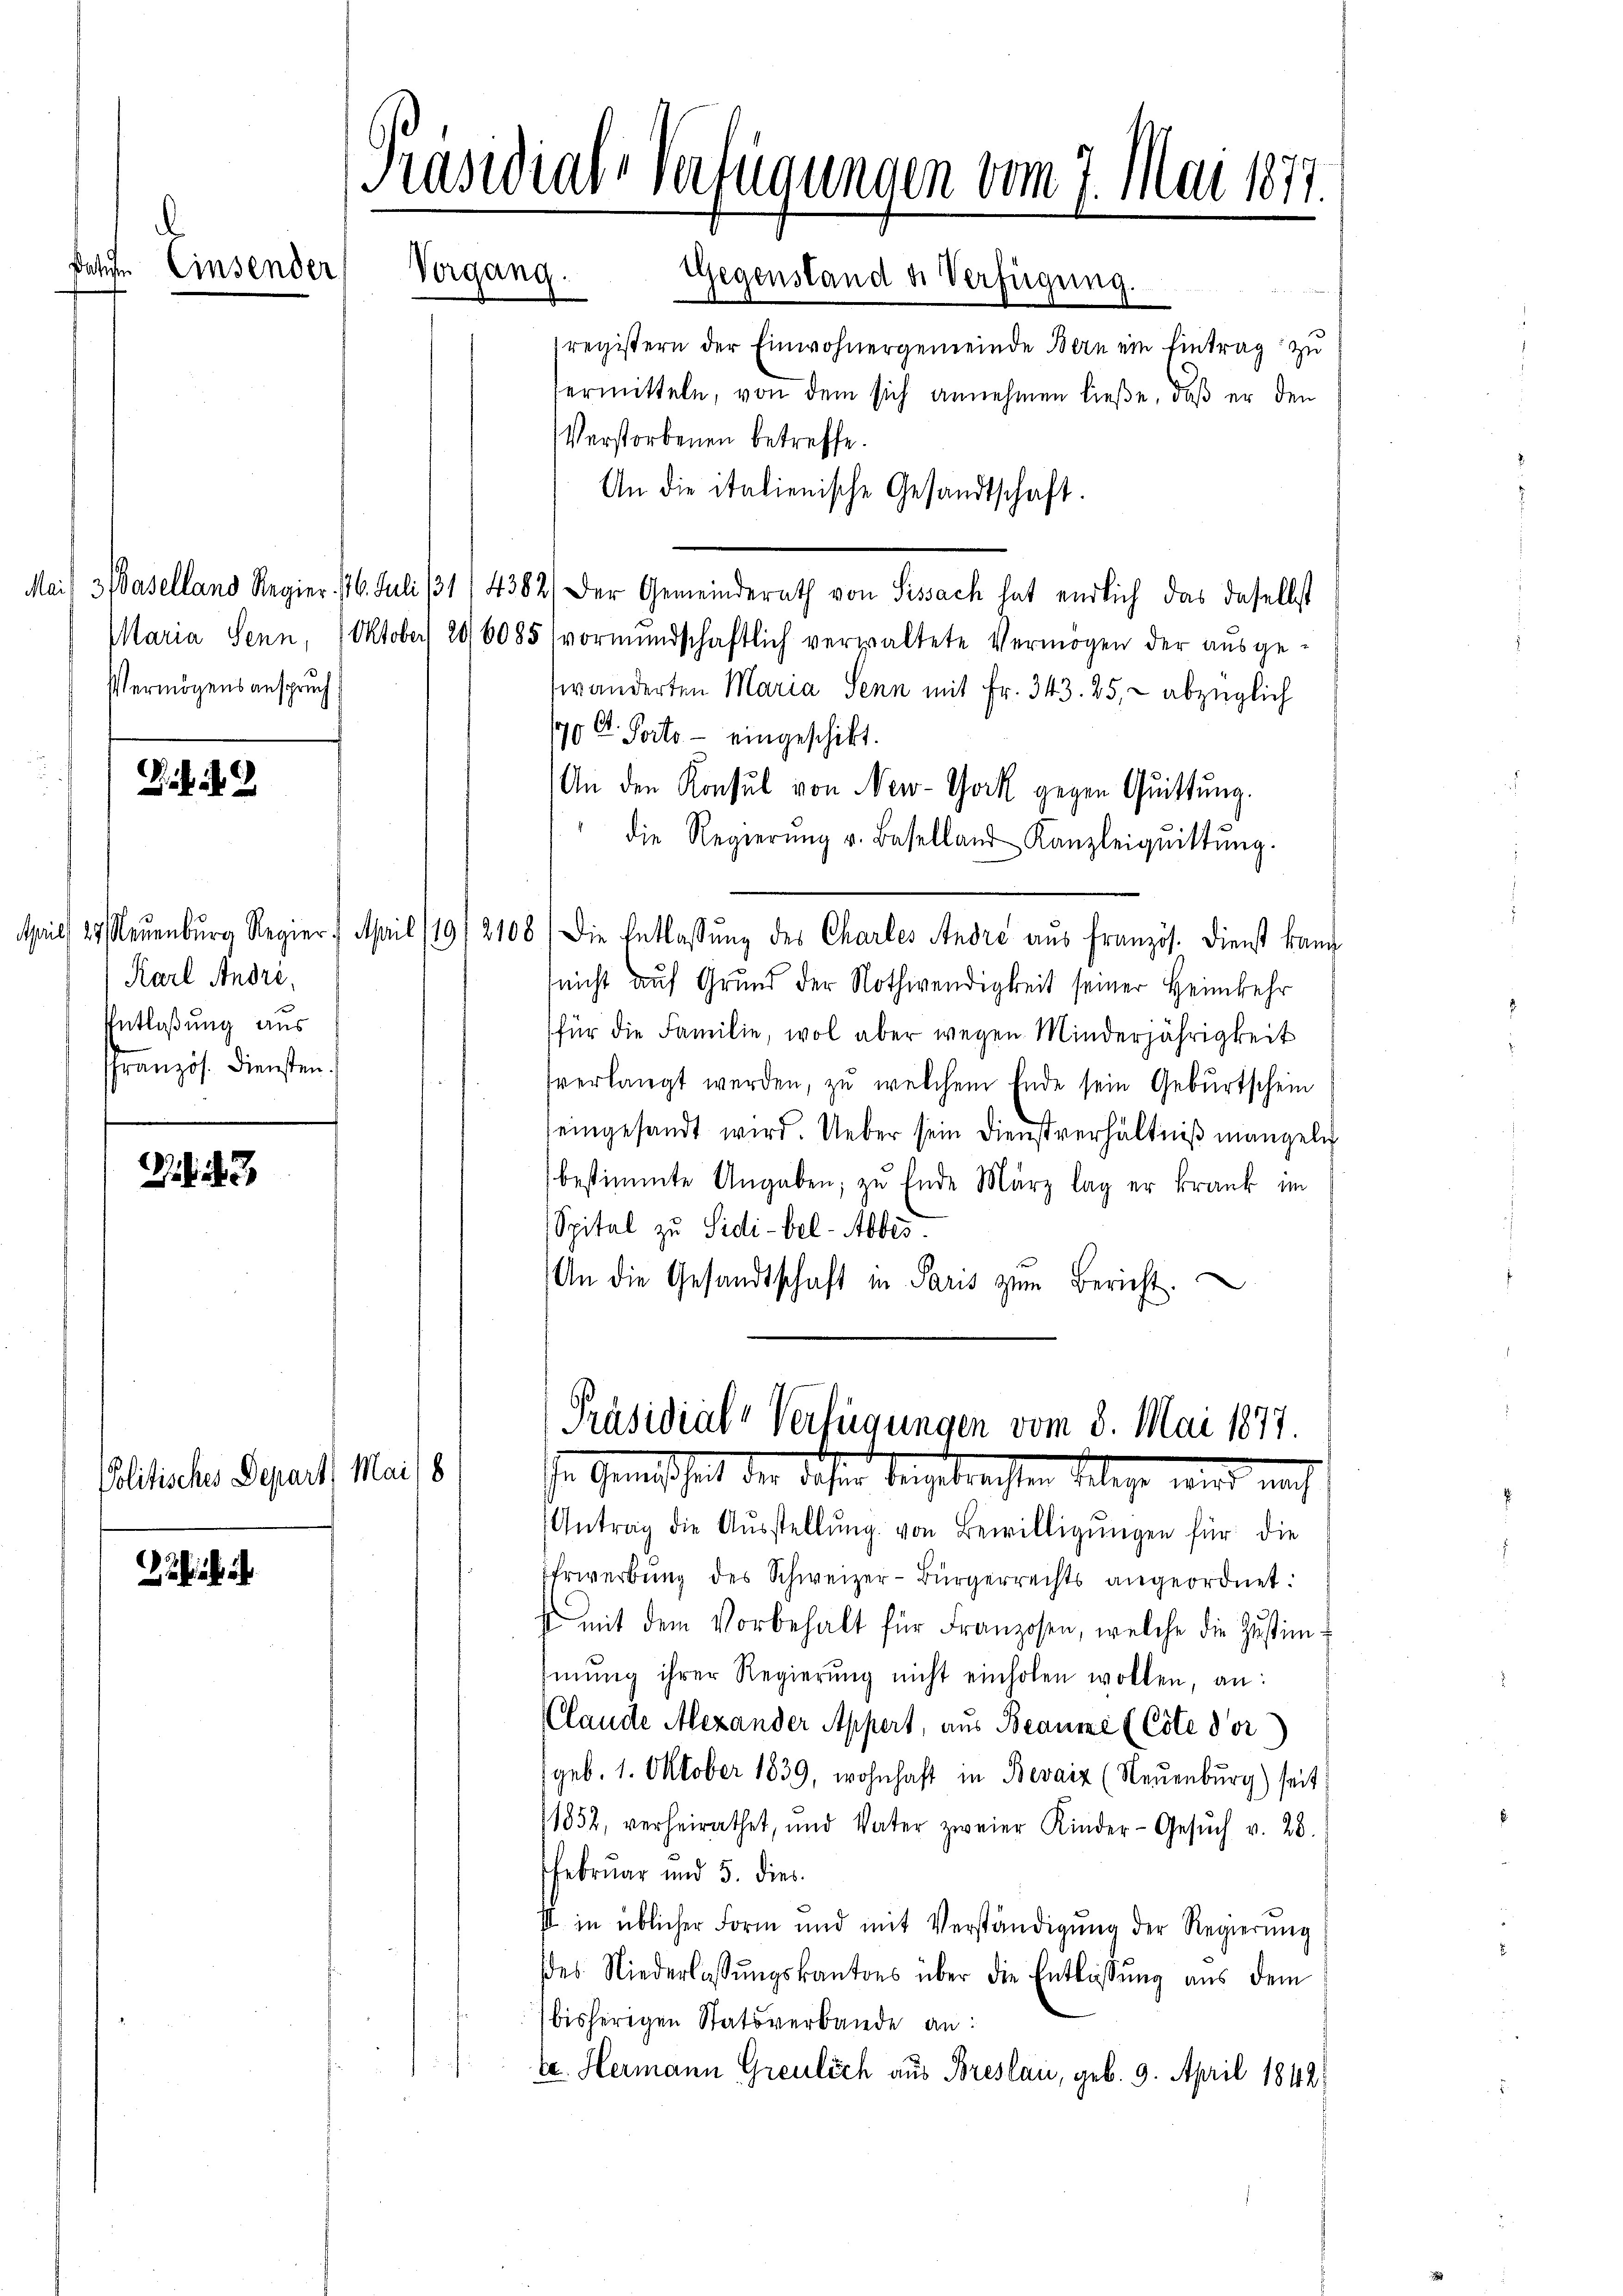
Veter

d

Bibi. E

Einsender

3

Vermögensanspruch

Karl Andri
Entlaßung aus
ffranzös. Diensten

Politisches Depart Mai 18

[Präsidial-Verfügungen vom 7. Mai 1877.
Vergang.
Gegenstand u. Verfügung.

[Präsidial-Verfügungen vom 8. Mai 1877.
in Gemäßheit der dahin beigebrachten Belege, wird, nach

registern der Einwohnergemeinde Bern ein Eintrag zu
fermitteln, von dem sich annehmen ließe, daß er den
Verstorbenen betreffe.
An die italienische Gesandtschaft.
Mai, 3 (Baselland Regier. 16. Juli 31, 4382) Der Gemeinderath von Sissach hat endlich das daselbst
Maria Senn, Oktober 206085 vormundschaftlich verwaltete Vermögen der aŭsge-
wänderten Maria Senn mit Fr. 343. 25, - abzüglich
1970 Ct. Porto - eingeschikt.
An den Konsul von New-York gegen Quittung.
die Regierŭng u. Baselland Kanzleiqŭittŭng.
April 29. Neuenburg Regier. April 19/2108) Die Entlassŭng des Charles Andre aus französ. Dienst kann
(nicht auf Grund der Nothwendigkeit seiner Heimkehr
für die Familie, wol aber wegen Minderjährigkeit
sverlangt werden, zu welchem Ende sein Geburtschein
eingesandt wird. Ueber sein Dienstverhältniß mangeln
bestimmte Angaben, zu Ende März lag er krank im
Spital zu Sidi-bel-Abbes.
An die Gesandtschaft in Paris zŭm Bericht.

Antrag die Aŭsstellŭng von Bewilligŭngen für die
Ehrwerbung des Schweizer-Bürgerrechts angeordnet:
u mit dem Vorbehalt für Franzosen, welche die Zustim-
iŭng ihrer Regierŭng nicht einholen wollen, an:
Clande Alexander Appert, aus Beaume (Cote dor
geb. 1. Oktober 1839, wohnhaft in Bevaiz (Neuenburg) seit
1852, verheirathet, und Vater zweier Kinder-Gesŭch v. 28.
Februar und 5. dies
II in üblicher Form und mit Verständigung der Regierung
es Niederlassŭngskantons über die Entlassŭng aŭs dem
bisherigen Statsverbande an:
te. Hermann Greulich aus Breslau, geb. 9. April 1842